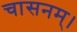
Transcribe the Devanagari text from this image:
चासनम्‌।